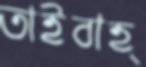
তাইবাহ্